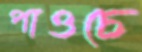
পাওচে